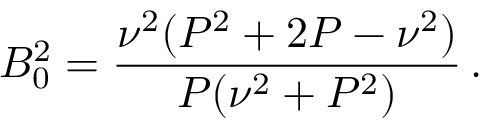
B _ { 0 } ^ { 2 } = \frac { \nu ^ { 2 } ( P ^ { 2 } + 2 P - \nu ^ { 2 } ) } { P ( \nu ^ { 2 } + P ^ { 2 } ) } \, .